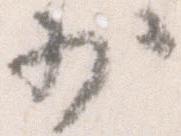
少